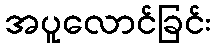
အပူလောင်ခြင်း